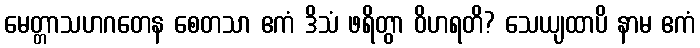
မေတ္တာသဟဂတေန စေတသာ ဧကံ ဒိသံ ဖရိတွာ ဝိဟရတိ? သေယျထာပိ နာမ ဧကံ